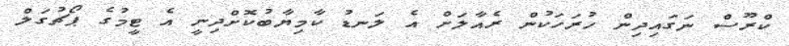
ކްރޫސް ނަގައިދިން ހުރަހަކުން ރެއާލަށް އެ ލަނޑު ކާމިޔާބުކޮށްދިނީ އެ ޓީމުގެ ޕޯޗުގަލް